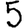
Digit: 5